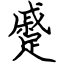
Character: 蹙